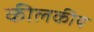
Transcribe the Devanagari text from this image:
कीलकीय